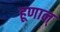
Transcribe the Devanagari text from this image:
हूणान्‌